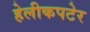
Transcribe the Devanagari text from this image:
हेलीकपटेर